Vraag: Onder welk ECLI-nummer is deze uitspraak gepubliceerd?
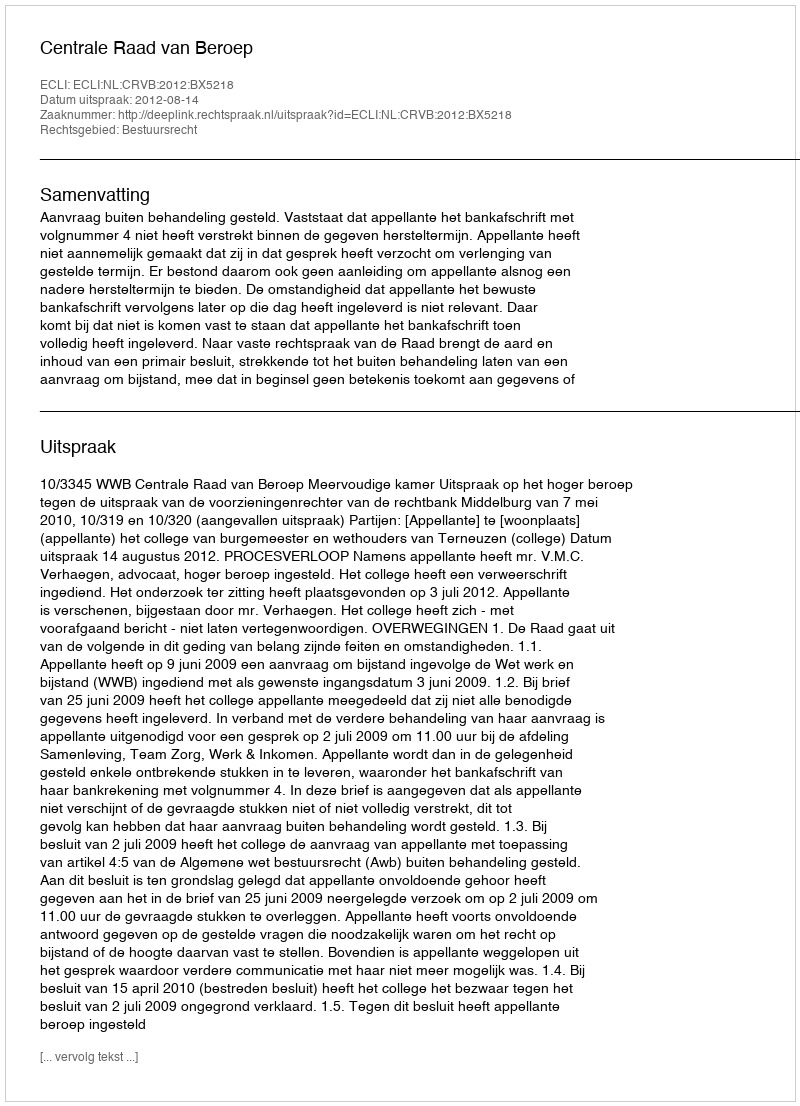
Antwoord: ECLI:NL:CRVB:2012:BX5218